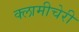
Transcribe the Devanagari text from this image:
क्‍लामीचेरी